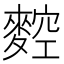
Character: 𪍂